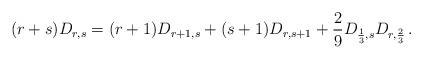
LaTeX: \begin{align*}(r+s)D_{r,s}=(r+1)D_{r+1,s}+(s+1)D_{r,s+1}+{2\over 9}D_{{1\over 3},s}D_{r,{2\over 3}}\,.\end{align*}